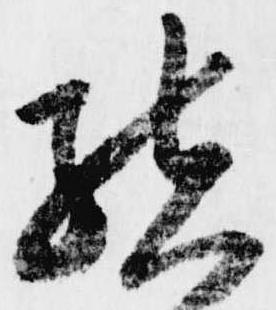
結